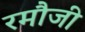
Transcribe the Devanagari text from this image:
रमौजी